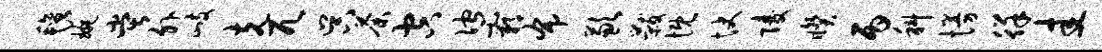
毡琬堂外歧克兀吴荼空伫霸布歉黻慨快陵睽丙科慢徉圭